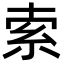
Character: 索